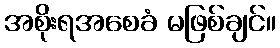
အစိုးရအစေခံ မဖြစ်ချင်။